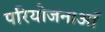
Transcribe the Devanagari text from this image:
परियोजनाऑं